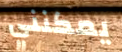
يمكنني